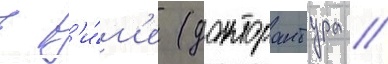
в р'и́м'е (докторантура /